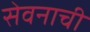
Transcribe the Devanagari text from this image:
सेवनाची